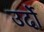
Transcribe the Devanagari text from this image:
उर्दो